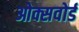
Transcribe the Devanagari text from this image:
ओक्सवोर्ड